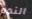
الندم